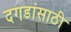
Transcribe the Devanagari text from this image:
दगडांसाठी